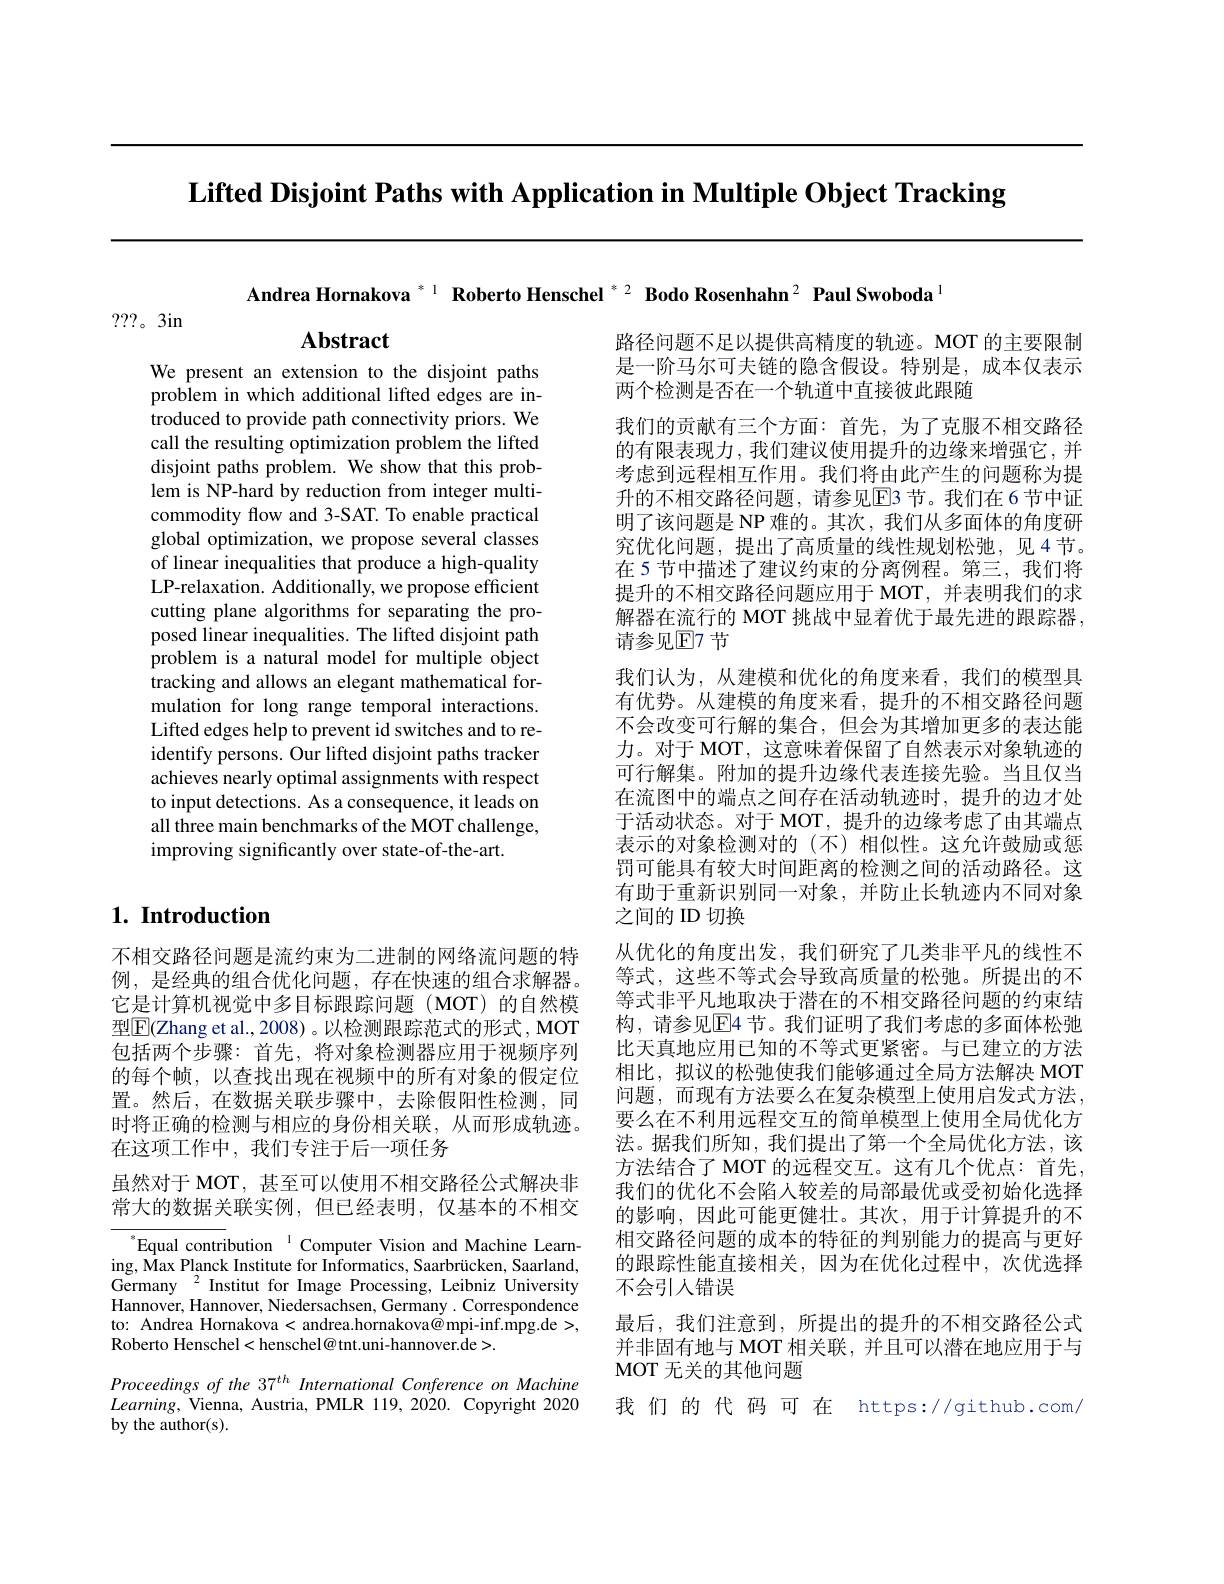
Lifted Disjoint Paths with Application in Multiple Object Tracking

Andrea Hornakova $^{*1}\textbf{ Roberto Henschel }^{*2}\textbf{ Bodo Rosenhahn}^{2}\textbf{ Paul Swoboda}^{[\text{Terea Hornakova }^{*1}\textbf{ Roberto Henschel }^{*2}\textbf{ Bodo Rosenhahn}^{2}\textbf{ Paul Swoboda}^{[\text{Terea Hornakova }^{*1}]}\textbf{ Roberto Henschel }^{*2}\textbf{ Bodo Rosenhahn}^{2}\textbf{ Paul Sw}}$

???。3in

Abstract

We present an extension to the disjoint paths problem in which additional lifted edges are introduced to provide path connectivity priors. We call the resulting optimization problem the lifted disjoint paths problem. We show that this problem is NP-hard by reduction from integer multicommodity flow and 3-SAT. To enable practical global optimization, we propose several classes of linear inequalities that produce a high-quality LP-relaxation. Additionally, we propose efficient cutting plane algorithms for separating the proposed linear inequalities. The lifted disjoint path problem is a natural model for multiple object tracking and allows an elegant mathematical formulation for long range temporal interactions. Lifted edges help to prevent id switches and to reidentify persons. Our lifted disjoint paths tracker achieves nearly optimal assignments with respect to input detections. As a consequence, it leads on all three main benchmarks of the MOT challenge, improving significantly over state-of-the-art

路径问题不足以提供高精度的轨迹。MOT 的主要限制是一阶马尔可夫链的隐含假设。特别是，成本仅表示两个检测是否在一个轨道中直接彼此跟随
我们的贡献有三个方面：首先，为了克服不相交路径的有限表现力，我们建议使用提升的边缘来增强它，并考虑到远程相互作用。我们将由此产生的问题称为提升的不相交路径问题，请参见E3 节。我们在 6 节中证明了该问题是 NP 难的。其次，我们从多面体的角度研究优化问题，提出了高质量的线性规划松弛，见4节。在 5 节中描述了建议约束的分离例程。第三，我们将提升的不相交路径问题应用于 MOT,并表明我们的求解器在流行的 MOT 挑战中显着优于最先进的跟踪器， 请参见$\mathbb{E}$7 节
我们认为，从建模和优化的角度来看，我们的模型具有优势。从建模的角度来看，提升的不相交路径问题不会改变可行解的集合，但会为其增加更多的表达能力。对于 MOT, 这意味着保留了自然表示对象轨迹的可行解集。附加的提升边缘代表连接先验。当且仅当在流图中的端点之间存在活动轨迹时，提升的边才处于活动状态。对于 MOT, 提升的边缘考虑了由其端点表示的对象检测对的(不)相似性。这允许鼓励或惩罚可能具有较大时间距离的检测之间的活动路径。这有助于重新识别同一对象，并防止长轨迹内不同对象之间的 ID 切换
从优化的角度出发，我们研究了几类非平凡的线性不等式，这些不等式会导致高质量的松弛。所提出的不等式非平凡地取决于潜在的不相交路径问题的约束结构，请参见$\mathbb{E}$4 节。我们证明了我们考虑的多面体松驰比天真地应用已知的不等式更紧密。与已建立的方法相比，拟议的松弛使我们能够通过全局方法解决 MOT 问题，而现有方法要么在复杂模型上使用启发式方法。要么在不利用远程交互的简单模型上使用全局优化方法。据我们所知，我们提出了第一个全局优化方法，该方法结合了 MOT 的远程交互。这有几个优点：首先， 我们的优化不会陷入较差的局部最优或受初始化选择的影响，因此可能更健壮。其次，用于计算提升的不相交路径问题的成本的特征的判别能力的提高与更好的跟踪性能直接相关，因为在优化过程中，次优选择不会引人错误
最后，我们注意到，所提出的提升的不相交路径公式并非固有地与 MOT 相关联，并且可以潜在地应用于与MOT 无关的其他问题
我们的代码可在 https://github.com/

## $1. \textbf{ Introduction}$

不相交路径问题是流约束为二进制的网络流问题的特例，是经典的组合优化问题，存在快速的组合求解器。它是计算机视觉中多目标跟踪问题(MOT)的自然模型$\boxed{\mathrm{F}}($Zhang et al., 2008)。以检测跟踪范式的形式，MOT 包括两个步骤：首先，将对象检测器应用于视频序列的每个帧，以查找出现在视频中的所有对象的假定位置。然后，在数据关联步骤中，去除假阳性检测，同时将正确的检测与相应的身份相关联，从而形成轨迹。在这项工作中，我们专注于后一项任务

虽然对于 MOT, 甚至可以使用不相交路径公式解决非常大的数据关联实例，但已经表明，仅基本的不相交

$^{*}$Equal contribution$^{1}$Computer Vision and Machine Learning, Max Planck Institute for Informatics, Saarbrücken, Saarland, Germany $^2$ Institut for Image Processing, Leibniz University Hannover, Hannover, Niedersachsen, Germany . Correspondence to: Andrea Hornakova < andrea.hornakova@ mpi-inf.mpg.de>, Roberto Henschel< henschel@ tnt.uni-hannover.de>.
Proceedings of the 37$^{th}$ International Conference on Machine $Learning$, Vienna, Austria, PMLR 119, 2020. Copyright 2020 by the author(s).